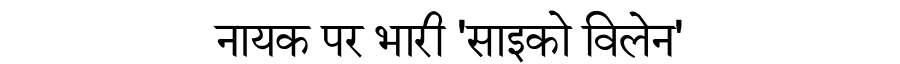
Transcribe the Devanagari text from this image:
नायक पर भारी 'साइको विलेन'